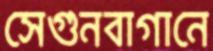
সেগুনবাগানে